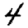
Digit: 4